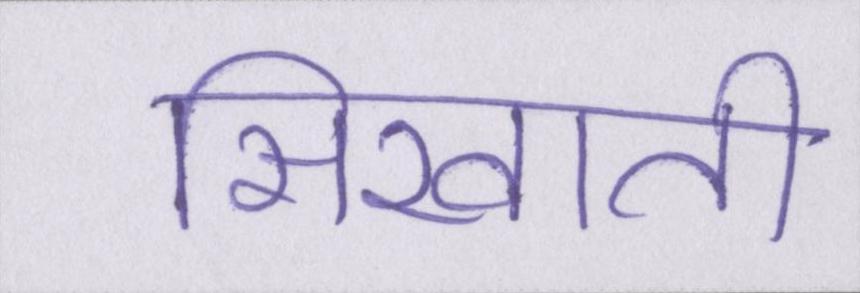
सिखाती